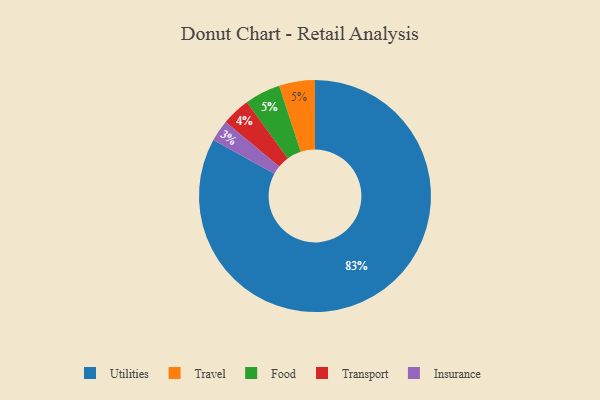
{"axis": {"x": "Category", "y": "Percentage"}, "legend": ["Food", "Insurance", "Transport", "Travel", "Utilities"], "data": [{"x": "Transport", "y": 4, "type": "Transport"}, {"x": "Travel", "y": 5, "type": "Travel"}, {"x": "Utilities", "y": 83, "type": "Utilities"}, {"x": "Food", "y": 5, "type": "Food"}, {"x": "Insurance", "y": 3, "type": "Insurance"}]}